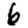
Digit: 6